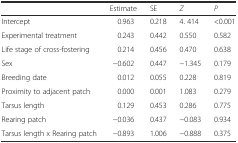
<table><thead><tr><td></td><td><b>Estimate</b></td><td><b>SE</b></td><td><b><i>Z</i></b></td><td><b><i>P</i></b></td></tr></thead><tbody><tr><td>Intercept</td><td>0.963</td><td>0.218</td><td>4. 414</td><td>&lt;0.001</td></tr><tr><td>Experimental treatment</td><td>0.243</td><td>0.442</td><td>0.550</td><td>0.582</td></tr><tr><td>Life stage of cross-fostering</td><td>0.214</td><td>0.456</td><td>0.470</td><td>0.638</td></tr><tr><td>Sex</td><td>−0.602</td><td>0.447</td><td>−1.345</td><td>0.179</td></tr><tr><td>Breeding date</td><td>0.012</td><td>0.055</td><td>0.228</td><td>0.819</td></tr><tr><td>Proximity to adjacent patch</td><td>0.000</td><td>0.001</td><td>1.083</td><td>0.279</td></tr><tr><td>Tarsus length</td><td>0.129</td><td>0.453</td><td>0.286</td><td>0.775</td></tr><tr><td>Rearing patch</td><td>−0.036</td><td>0.437</td><td>−0.083</td><td>0.934</td></tr><tr><td>Tarsus length x Rearing patch</td><td>−0.893</td><td>1.006</td><td>−0.888</td><td>0.375</td></tr></tbody></table>